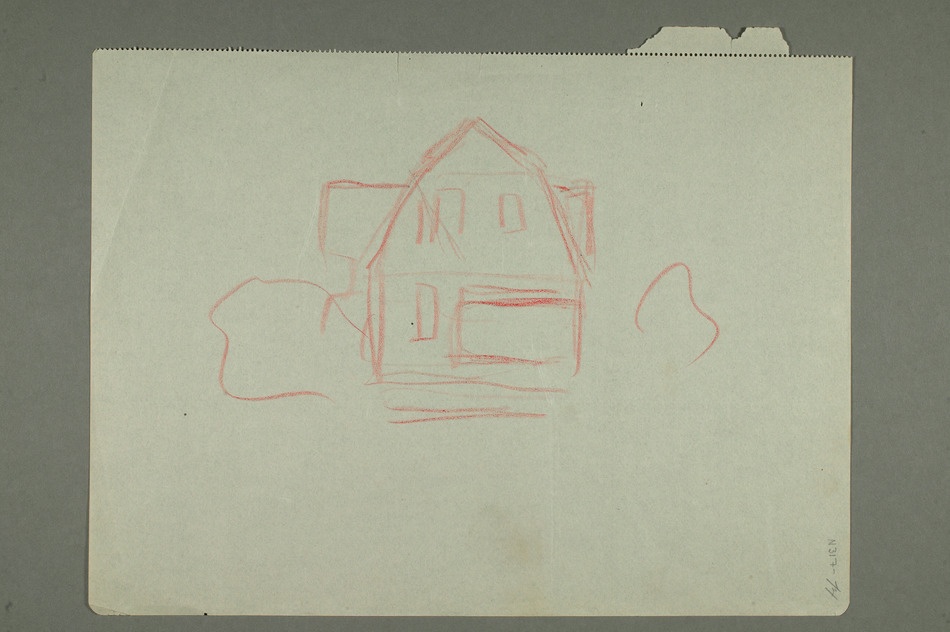
Tegning